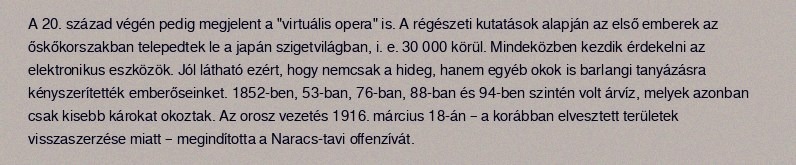
A 20. század végén pedig megjelent a "virtuális opera" is. A régészeti kutatások alapján az első emberek az őskőkorszakban telepedtek le a japán szigetvilágban, i. e. 30 000 körül. Mindeközben kezdik érdekelni az elektronikus eszközök. Jól látható ezért, hogy nemcsak a hideg, hanem egyéb okok is barlangi tanyázásra kényszerítették emberőseinket. 1852-ben, 53-ban, 76-ban, 88-ban és 94-ben szintén volt árvíz, melyek azonban csak kisebb károkat okoztak. Az orosz vezetés 1916. március 18-án – a korábban elvesztett területek visszaszerzése miatt – megindította a Naracs-tavi offenzívát.